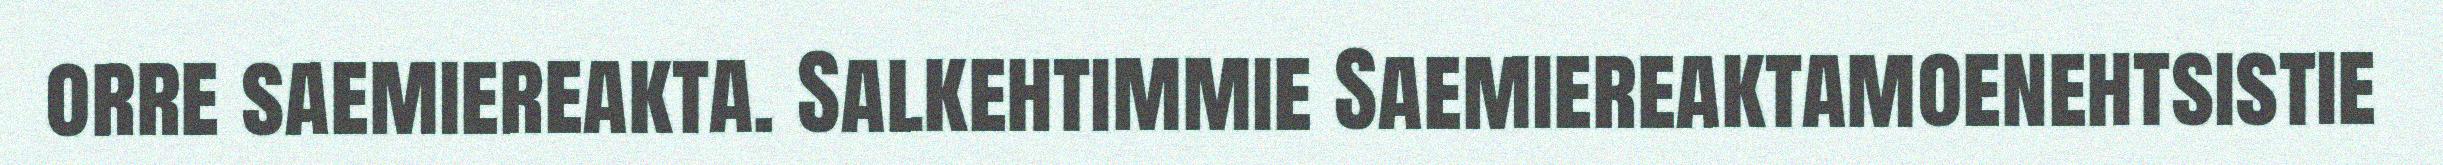
orre saemiereakta. Salkehtimmie Saemiereaktamoenehtsistie